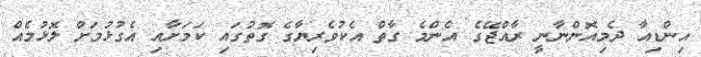
އިންޑިއާ ދެމިއޮންނާނީ ރާއްޖޭގެ އެންމެ ގާތް އެކުވެރިޔާގެ ގޮތުގައި ކަމަށާއި އެގުޅުމަށް ލޮޅުމެއް